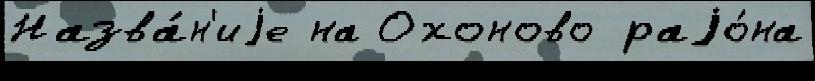
Назва́н'иjе на Охоново раjо́на